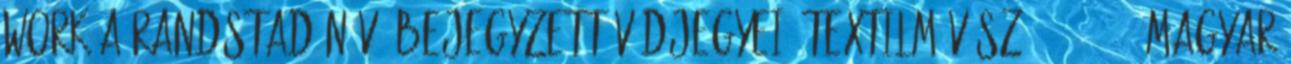
WORK a Randstad N.V. bejegyzett védjegyei. textilművész 1950-1955: Magyar